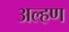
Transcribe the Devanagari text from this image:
अल्हण